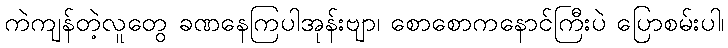
ကဲကျန်တဲ့လူတွေ ခဏနေကြပါအုန်းဗျာ၊ စောစောကနောင်ကြီးပဲ ပြောစမ်းပါ၊